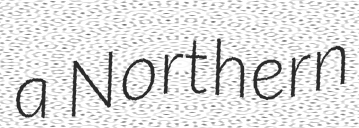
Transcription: a Northern